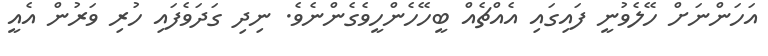
އަހަންނަށް ހޭލެވުނީ ފައިގައި އެއްޗެއް ބީހޭހެންހީވެގެންނެވެ. ނިދި ގަދަވެފައި ހުރި ވަރުން އެއީ